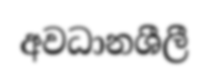
අවධානශීලී